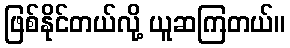
ဖြစ်နိုင်တယ်လို့ ယူဆကြတယ်။